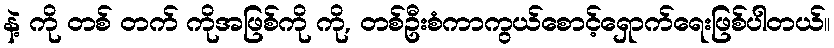
နဲ့ ကို တစ် တက် ကိုအဖြစ်ကို ကို, တစ်ဦးစံကာကွယ်စောင့်ရှောက်ရေးဖြစ်ပါတယ်။